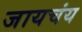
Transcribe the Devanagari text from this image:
जायचंय